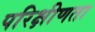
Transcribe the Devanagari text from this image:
परिक्षीणता